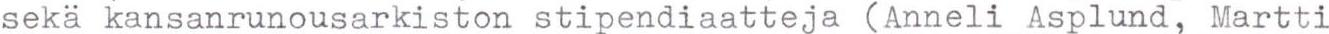
seka kansanrunousarkiston stipendiaatteja (Anneli Asplund, Martti